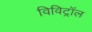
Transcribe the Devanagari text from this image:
विविट्रॉल